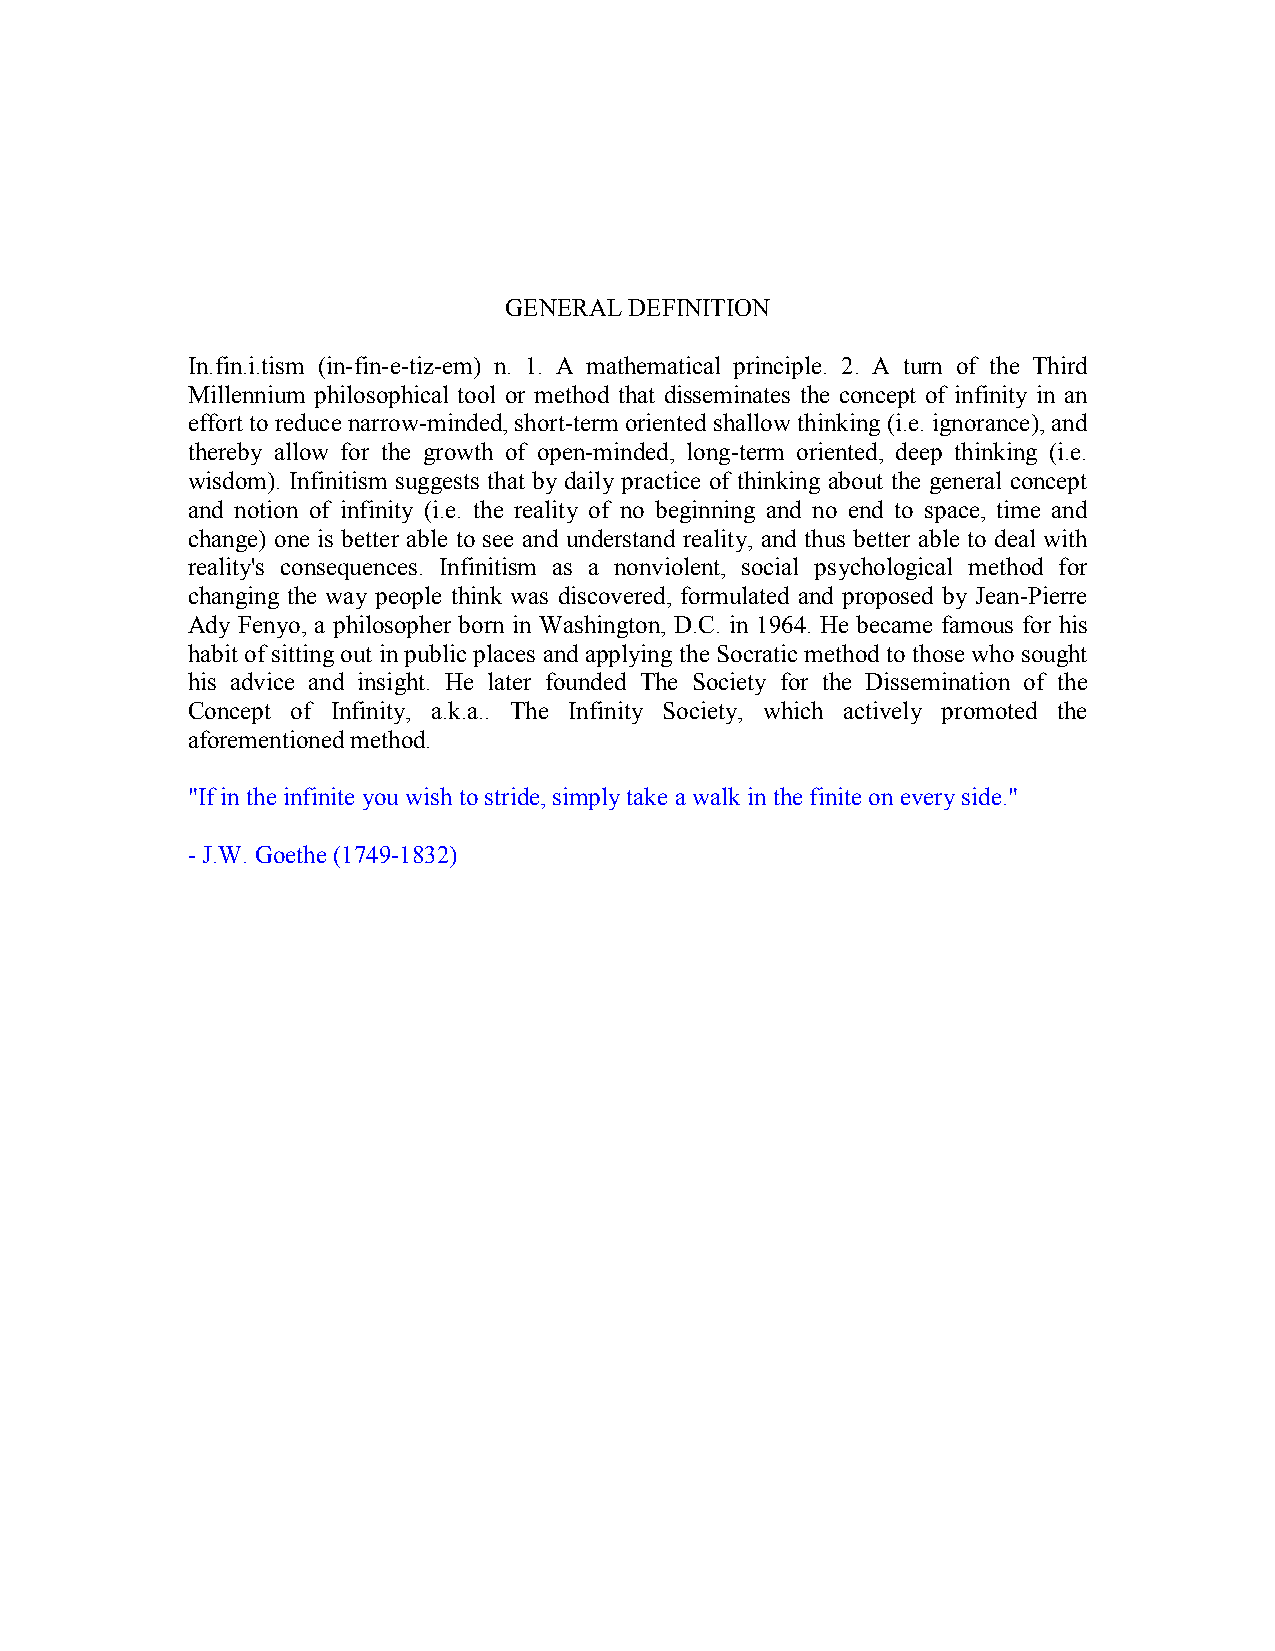
GENERAL  DEFINITION
 In.fin.i.tism (in-fin-e-tiz-em) n. 1. A mathematical principle. 2. A turn of the Third
 Millennium philosophical tool or method that disseminates the concept of infinity in an
 effort to reduce narrow-minded, short-term oriented shallow thinking (i.e. ignorance), and
 thereby allow for the growth of open-minded, long-term oriented, deep thinking (i.e.
 wisdom). Infinitism suggests that by daily practice of thinking about the general concept
 and notion of infinity (i.e. the reality of no beginning and no end to space, time and
 change) one is better able to see and understand reality, and thus better able to deal with
 reality's consequences. Infinitism as a nonviolent, social psychological method for
 changing the way people think was discovered, formulated and proposed by Jean-Pierre
 Ady Fenyo, a philosopher born in Washington, D.C. in 1964. He became famous for his
 habit of sitting out in public places and applying the Socratic method to those who sought
 his advice and insight. He later founded The Society for the Dissemination of the
 Concept of Infinity, a.k.a.. The Infinity Society, which actively promoted the
 aforementioned method.
 "If in the infinite you wish to stride, simply take a walk in the finite on every side."
 - J.W. Goethe (1749-1832)